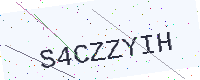
Text: S4CZZYIH